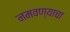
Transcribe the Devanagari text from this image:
नमवण्याचा